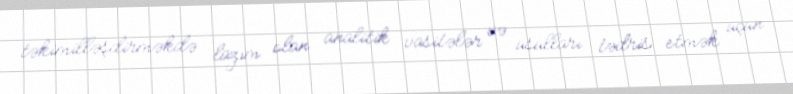
təkimilləşdirməkdə lazım olan analitik vasitələr və üsulları tədris etmək üçün